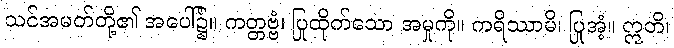
သင်အမတ်တို့၏ အပေါ်၌။ ကတ္တဗ္ဗံ၊ ပြုထိုက်သော အမှုကို။ ကရိဿာမိ၊ ပြုအံ့။ ဣတိ၊